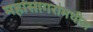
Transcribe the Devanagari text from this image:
महासागरांमधील